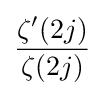
{\frac {\zeta '(2j)}{\zeta (2j)}}